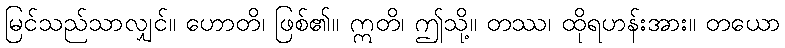
မြင်သည်သာလျှင်။ ဟောတိ၊ ဖြစ်၏။ ဣတိ၊ ဤသို့။ တဿ၊ ထိုရဟန်းအား။ တယော